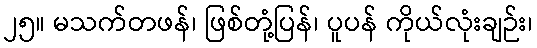
၂၅။ မသက်တဖန်၊ ဖြစ်တုံ့ပြန်၊ ပူပန် ကိုယ်လုံးချဉ်း၊